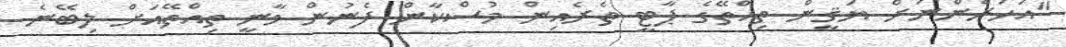
"އަހަރެންނަށް ޔަޤީން ތިއްތޭގެ ޕާޓީ ތެރެއިން މުސްކާން ފެނުން ވާނީ ތިއްތޭއަށް ލިބޭނެ